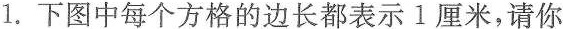
1.下图中每个方格的边长都表示1厘米，请你